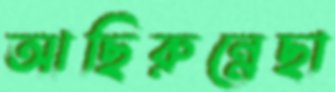
আছিরুন্নেছা